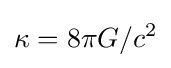
\kappa =8\pi G/c^{2}